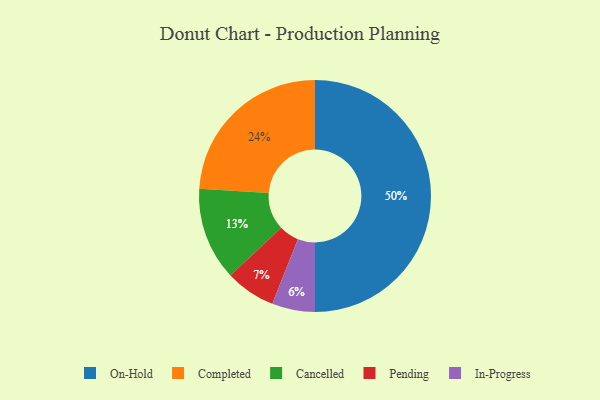
{"axis": {"x": "Category", "y": "Percentage"}, "legend": ["Cancelled", "Completed", "In-Progress", "On-Hold", "Pending"], "data": [{"x": "Completed", "y": 24, "type": "Completed"}, {"x": "On-Hold", "y": 50, "type": "On-Hold"}, {"x": "In-Progress", "y": 6, "type": "In-Progress"}, {"x": "Cancelled", "y": 13, "type": "Cancelled"}, {"x": "Pending", "y": 7, "type": "Pending"}]}